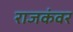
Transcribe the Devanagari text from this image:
राजकंवर